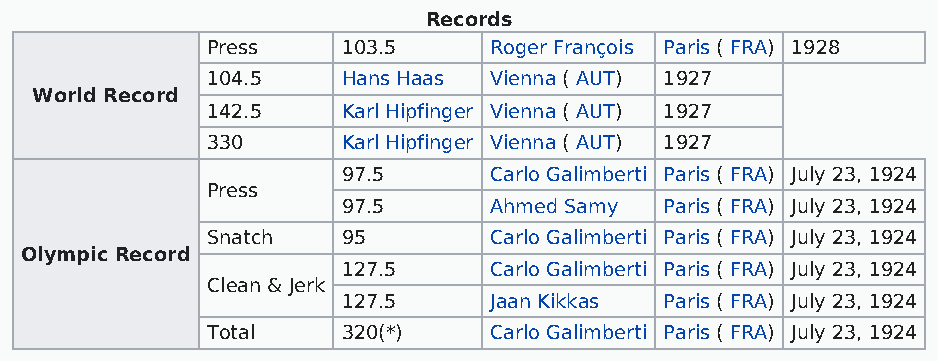
Records
 Press    103.5    Roger François Paris ( FRA) 1928
 104.5    Hans Haas Vienna ( AUT) 1927
 World Record
 142.5    Karl Hipfinger Vienna ( AUT) 1927
 330      Karl Hipfinger Vienna ( AUT) 1927
 97.5     Carlo Galimberti Paris ( FRA) July 23, 1924
 Press
 97.5     Ahmed Samy  Paris ( FRA) July 23, 1924
 Snatch   95       Carlo Galimberti Paris ( FRA) July 23, 1924
 Olympic Record
 127.5    Carlo Galimberti Paris ( FRA) July 23, 1924
 Clean & Jerk
 127.5    Jaan Kikkas Paris ( FRA) July 23, 1924
 Total    320(*)   Carlo Galimberti Paris ( FRA) July 23, 1924